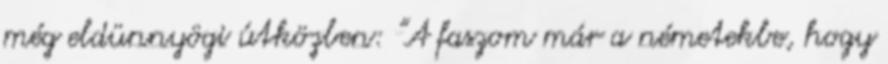
még eldünnyögi útközben: "A faszom már a németekbe, hogy